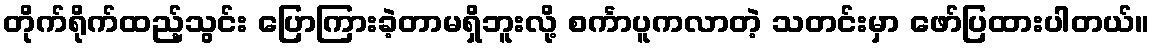
တိုက်ရိုက်ထည့်သွင်း ပြောကြားခဲ့တာမရှိဘူးလို့ စင်္ကာပူကလာတဲ့ သတင်းမှာ ဖော်ပြထားပါတယ်။